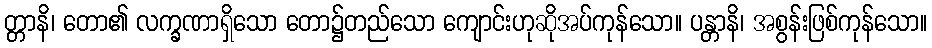
တ္တာနိ၊ တော၏ လက္ခဏာရှိသော တော၌တည်သော ကျောင်းဟုဆိုအပ်ကုန်သော။ ပန္တာနိ၊ အစွန်းဖြစ်ကုန်သော။